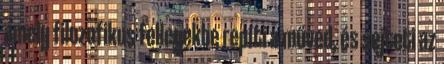
amely filozofikus fellegekbe repíti a műved, és sejteti az